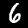
Digit: 6